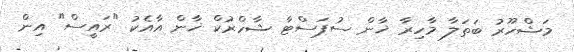
މަޝްހޫރު ބަތަލާ މާހިރާ ޚާން ސުޕަސްޓާ ޝާހްރުކް ޚާން އާއެކު "ރައީސް" އިން